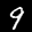
Label: 9